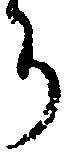
ち